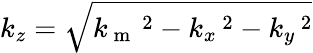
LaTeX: k_{z}=\sqrt{k_{\mathrm{~m~}}\, \! \! \, \! \, \, \! \, \, \! \! \, \! \, \, \! \! \, \! \! \, \! \, \, \! \! \, \! \! \, \! \, \, \! \, \, \! \! \, \! \, \, \! \! \, \! \! \, \! \, \, \! \, \, \! \! \, \! \, \, \! \, \, \! \! \, \! \, \, \! \! \, \! \! \, \! \, \, \! \, \, \! \! \, \! \, \, \! \, \, \! \! ^{2}-k_{x}\, \! \! \, \! \, \, \! \, \, \! \! \, \! \, \, \! \! \, \! \! \, \! \, \, \! \! \, \! \! \, \! \, \, \! \, \, \! \! \, \! \, \, \! \! \, \! \! \, \! \, \, \! \, \, \! \! \, \! \, \, \! \, \, \! \! \, \! \, \, \! \! \, \! \! \, \! \, \, \! \, \, \! \! \, \! \, \, \! \, \, \! \! ^{2}-k_{y}\, \! \! \, \! \, \, \! \, \, \! \! \, \! \, \, \! \! \, \! \! \, \! \, \, \! \! \, \! \! \, \! \, \, \! \, \, \! \! \, \! \, \, \! \! \, \! \! \, \! \, \, \! \, \, \! \! \, \! \, \, \! \, \, \! \! \, \! \, \, \! \! \, \! \! \, \! \, \, \! \, \, \! \! \, \! \, \, \! \, \, \! \! ^{2}}